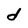
Character: d